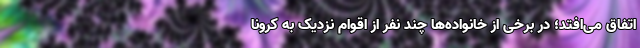
اتفاق می‌افتد؛ در برخی از خانواده‌ها چند نفر از اقوام نزدیک به کرونا